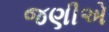
જણીએ